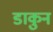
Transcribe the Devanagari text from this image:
डाकुन